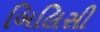
બિલિસી